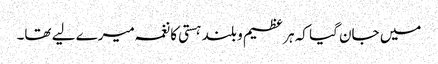
میں جان گیا کہ ہر عظیم و بلند ہستی کا نغمہ میرے لیے تھا۔